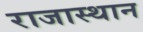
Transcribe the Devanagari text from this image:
राजास्थान